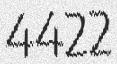
4422